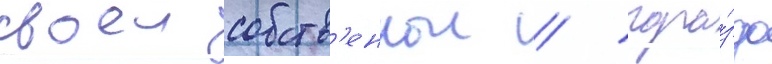
своеи собств'еннои / гора́здо